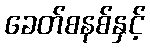
ခေတ်စနစ်နှင့်